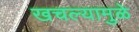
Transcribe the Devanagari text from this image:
खचल्यामुळे